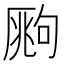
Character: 𰆧